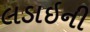
લડાઇની